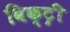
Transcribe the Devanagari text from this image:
विक्‍ट्री